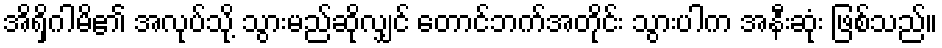
အိရှိဂါမိ၏ အလုပ်သို့ သွားမည်ဆိုလျှင် တောင်ဘက်အတိုင်း သွားပါက အနီးဆုံး ဖြစ်သည်။